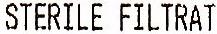
STERILE FILTRAT